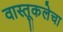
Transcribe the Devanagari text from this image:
वास्तूकलेचा